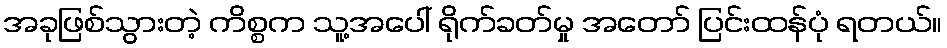
အခုဖြစ်သွားတဲ့ ကိစ္စက သူ့အပေါ် ရိုက်ခတ်မှု အတော် ပြင်းထန်ပုံ ရတယ်။